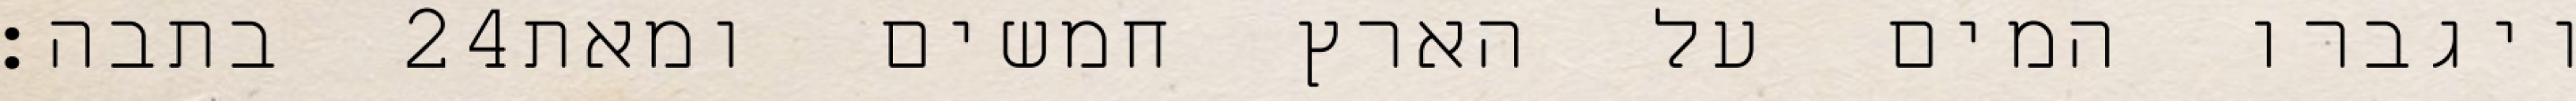
בתבה׃ ‎24‏ ויגברו המים על הארץ חמשים ומאת